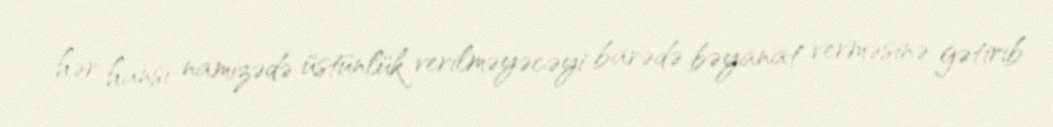
hər hansı namizədə üstünlük verilməyəcəyi barədə bəyanat verməsinə gətirib